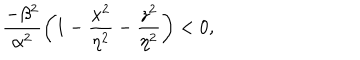
LaTeX: { \frac { - \beta ^ { 2 } } { \alpha ^ { 2 } } } \bigg ( 1 - { \frac { x ^ { 2 } } { \eta ^ { 2 } } } - { \frac { z ^ { 2 } } { \eta ^ { 2 } } } \bigg ) < 0 ,